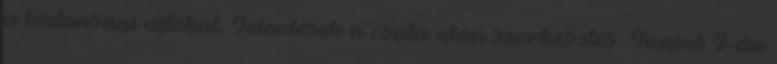
a biztonsági ajtókat. Jelentések a csata után szerkesztés Június 2-án